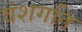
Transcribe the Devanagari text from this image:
वंशगति